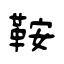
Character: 鞍